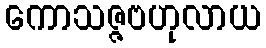
ကောသဇ္ဇဗဟုလာယ